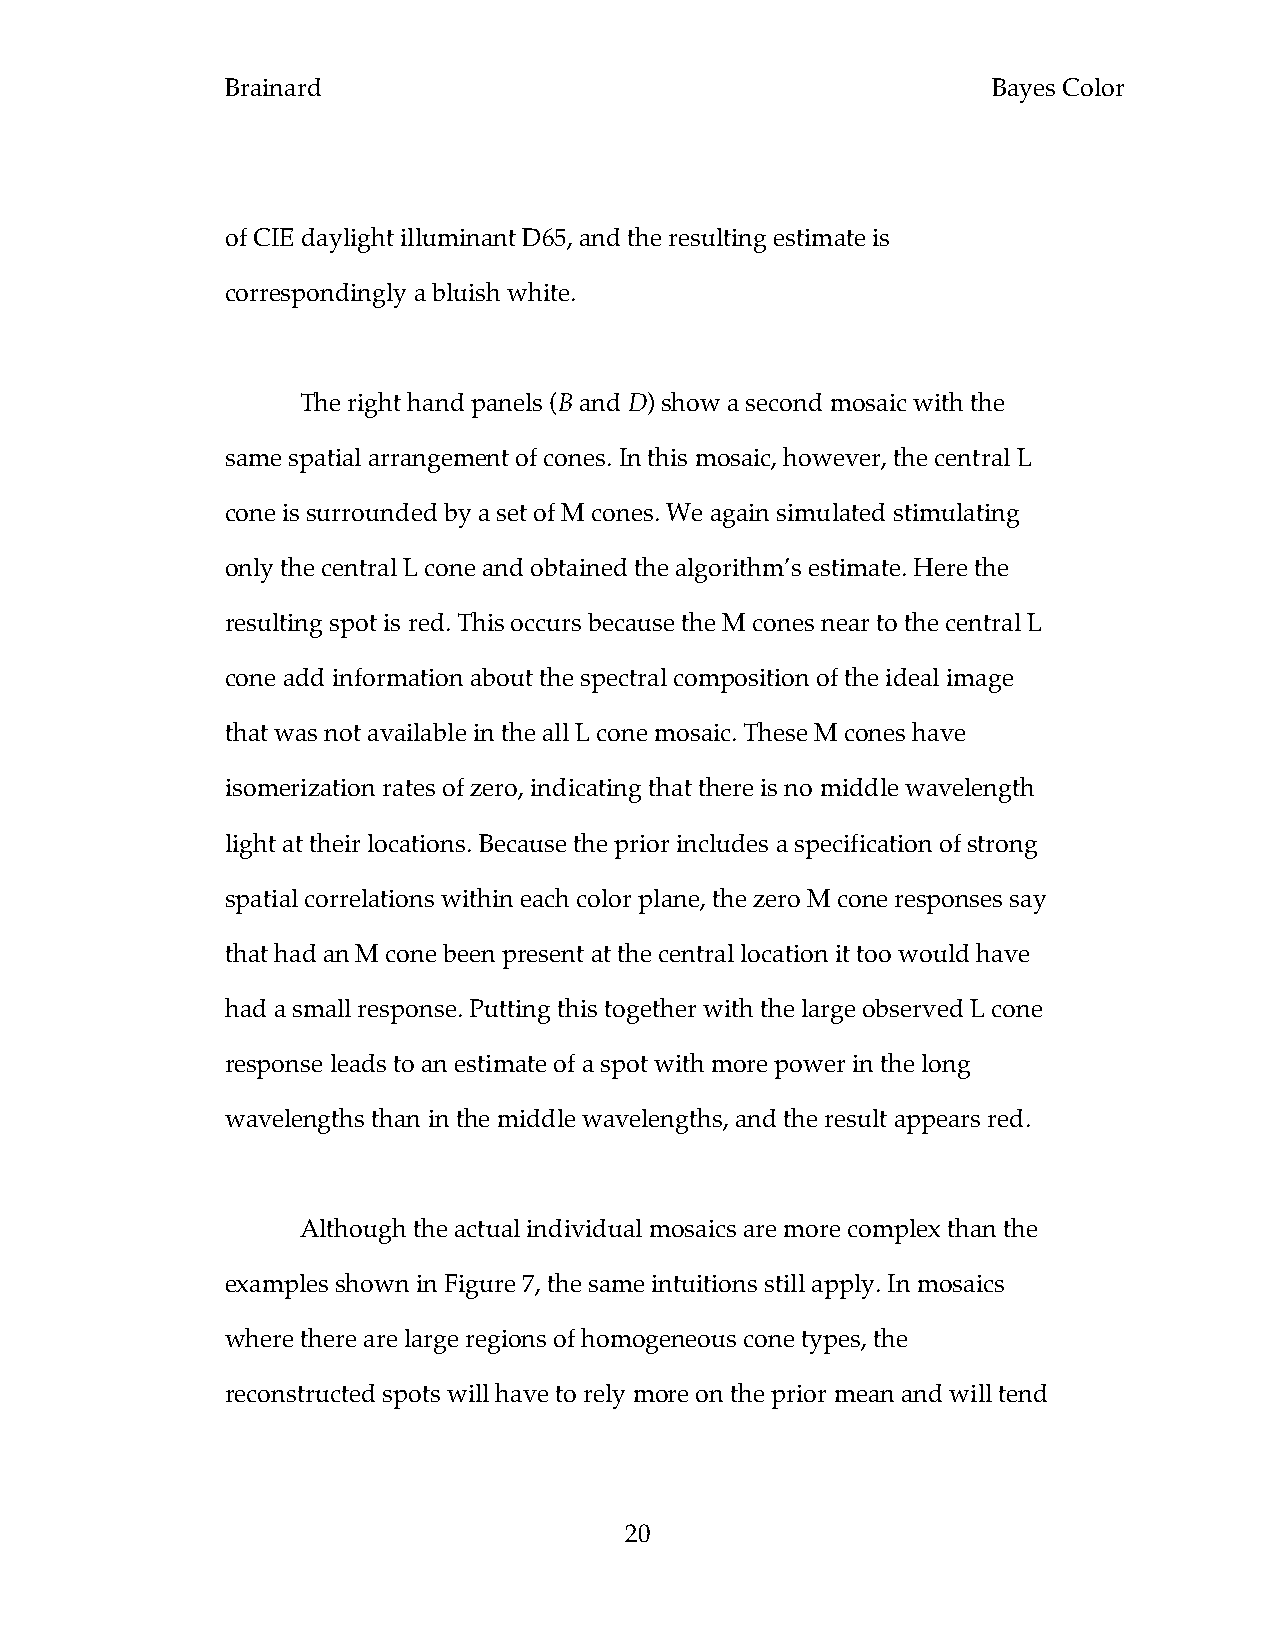
Brainard                                           Bayes Color
 of CIE daylight illuminant D65, and the resulting estimate is
 correspondingly a bluish white.
 The right hand panels (B and D) show a second mosaic with the
 same spatial arrangement of cones. In this mosaic, however, the central L
 cone is surrounded by a set of M cones. We again simulated stimulating
 only the central L cone and obtained the algorithm’s estimate. Here the
 resulting spot is red. This occurs because the M cones near to the central L
 cone add information about the spectral composition of the ideal image
 that was not available in the all L cone mosaic. These M cones have
 isomerization rates of zero, indicating that there is no middle wavelength
 light at their locations. Because the prior includes a specification of strong
 spatial correlations within each color plane, the zero M cone responses say
 that had an M cone been present at the central location it too would have
 had a small response. Putting this together with the large observed L cone
 response leads to an estimate of a spot with more power in the long
 wavelengths than in the middle wavelengths, and the result appears red.
 Although the actual individual mosaics are more complex than the
 examples shown in Figure 7, the same intuitions still apply. In mosaics
 where there are large regions of homogeneous cone types, the
 reconstructed spots will have to rely more on the prior mean and will tend
 20